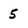
Character: 5